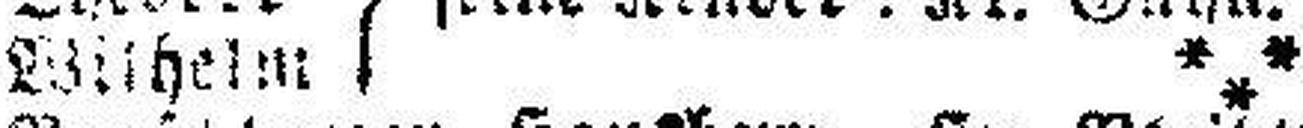
Wilheim